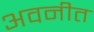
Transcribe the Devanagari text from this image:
अवनीत